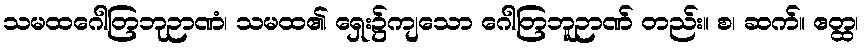
သမထဂေါတြဘုဉာဏံ၊ သမထ၏ ရှေး၌ကျသော ဂေါတြဘူဉာဏ် တည်း။ စ၊ ဆက်။ ဧတ္ထ၊